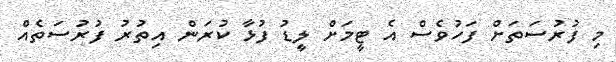
މި ފުރުސަތަށް ފަހުވެސް އެ ޓީމަށް ލީޑު ފުޅާ ކުރަން އިތުރު ފުރުސަތެއް